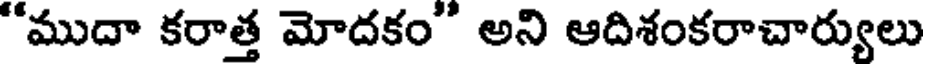
"ముదా కరాత్త మోదకం" అని ఆదిశంకరాచార్యులు